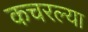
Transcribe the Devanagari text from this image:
कचरल्या